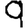
Digit: 9